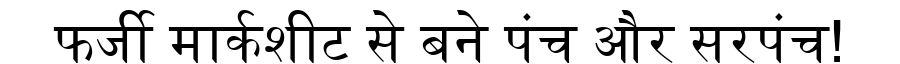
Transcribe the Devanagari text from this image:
फर्जी मार्कशीट से बने पंच और सरपंच!